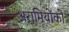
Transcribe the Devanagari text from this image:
अरामियोंको